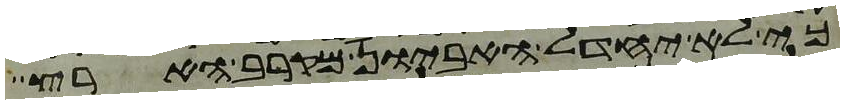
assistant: כי לא יחדל האביון מקרב הארץ